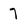
Character: 7